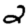
Digit: 2